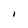
Character: I